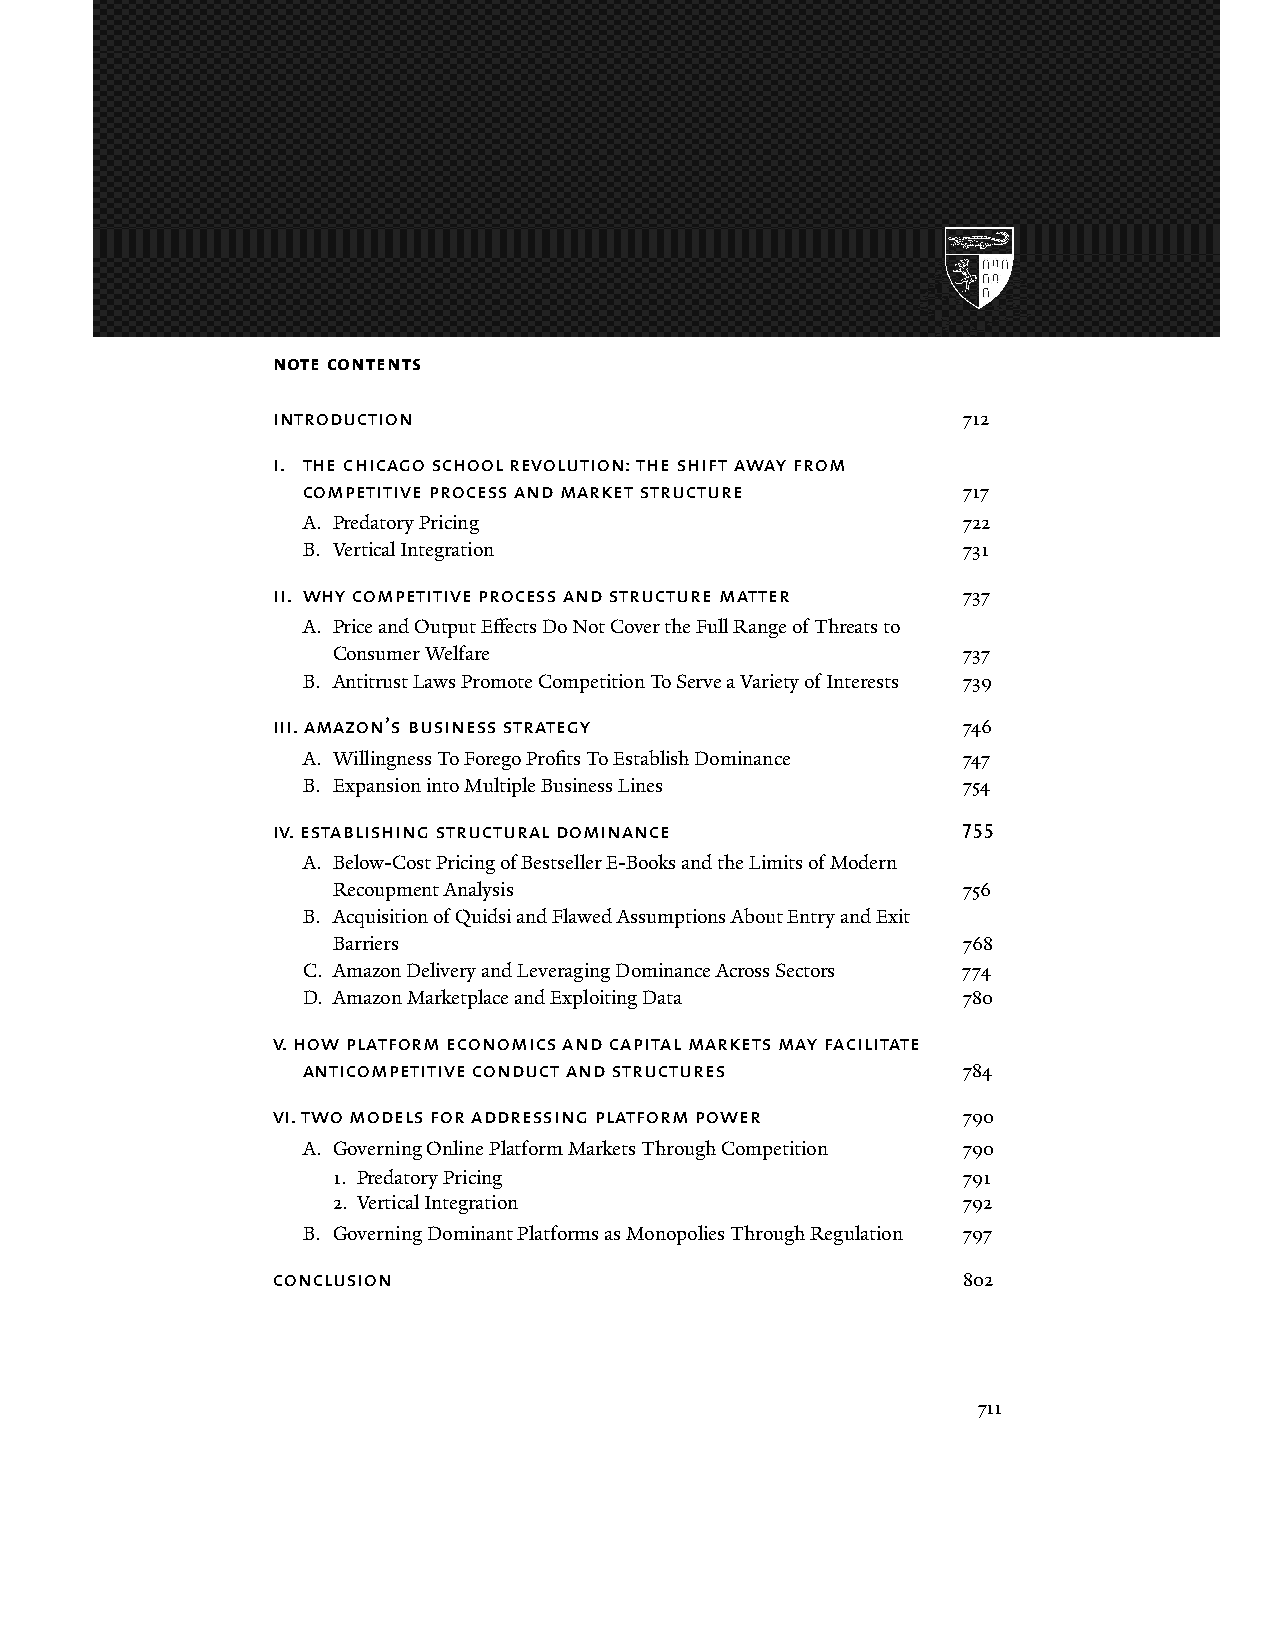
amazon's antitrust paradox
 note contents
 introduction                                  712
 i. the chicago school revolution: the shift away from
 competitive process and market structure    717
 A. Predatory Pricing                        722
 B. Vertical Integration                     731
 ii. why competitive process and structure matter 737
 A. Price and Output Effects Do Not Cover the Full Range of Threats to
 Consumer Welfare                          737
 B. Antitrust Laws Promote Competition To Serve a Variety of Interests 739
 iii. amazon’s business strategy               746
 A. Willingness To Forego Profits To Establish Dominance 747
 B. Expansion into Multiple Business Lines   754
 iv. establishing structural dominance         755
 A. Below-Cost Pricing of Bestseller E-Books and the Limits of Modern
 Recoupment Analysis                       756
 B. Acquisition of Quidsi and Flawed Assumptions About Entry and Exit
 Barriers                                  768
 C. Amazon Delivery and Leveraging Dominance Across Sectors 774
 D. Amazon Marketplace and Exploiting Data   780
 v. how platform economics and capital markets may facilitate
 anticompetitive conduct and structures      784
 vi. two models for addressing platform power  790
 A. Governing Online Platform Markets Through Competition 790
 1. Predatory Pricing                      791
 2. Vertical Integration                   792
 B. Governing Dominant Platforms as Monopolies Through Regulation 797
 conclusion                                    802
 711